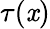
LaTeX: \tau(\mathit{x})